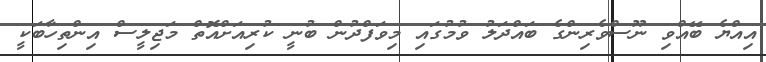
އިއްޔެ ބޭއްވި ނޫސްވެރިންގެ ބައްދަލު ވުމުގައި މިވަފްދުން ބުނީ ކުރިއަށްއޮތް މަޖިލީސް އިންތިހާބަކީ